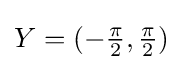
Y=(-{\tfrac {\pi }{2}},{\tfrac {\pi }{2}})